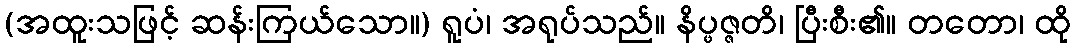
(အထူးသဖြင့် ဆန်းကြယ်သော။) ရူပံ၊ အရုပ်သည်။ နိပ္ဖဇ္ဇတိ၊ ပြီးစီး၏။ တတော၊ ထို